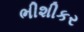
ભીશીકર